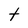
Character: t